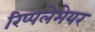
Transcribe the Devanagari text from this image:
रिप्‍पलेमेयर